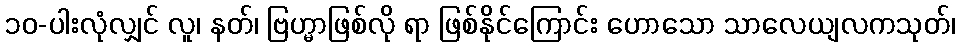
၁၀-ပါးလုံလျှင် လူ၊ နတ်၊ ဗြဟ္မာဖြစ်လို ရာ ဖြစ်နိုင်ကြောင်း ဟောသော သာလေယျလကသုတ်၊